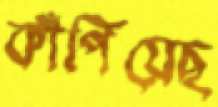
কাঁপিয়েছ